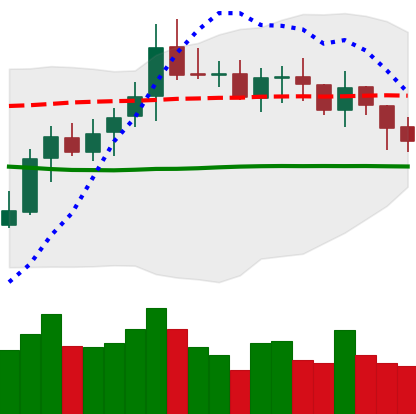
Ticker: XMR-USD
Chart end date: 2021-10-18
Forward return: 4.367%
Label: up_3_5